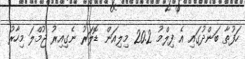
ހަފުތާ ބަންދުގައި އެ ފިލްމު 20.2 މިލިއަން ޑޮލަރު ނެގިއިރު ޖުމްލަ މިހާރު